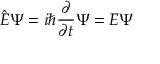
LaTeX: { \hat { E } } \Psi = i \hbar { \frac { \partial } { \partial t } } \Psi = E \Psi \,